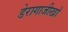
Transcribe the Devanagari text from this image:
डेरागाजीखाँ